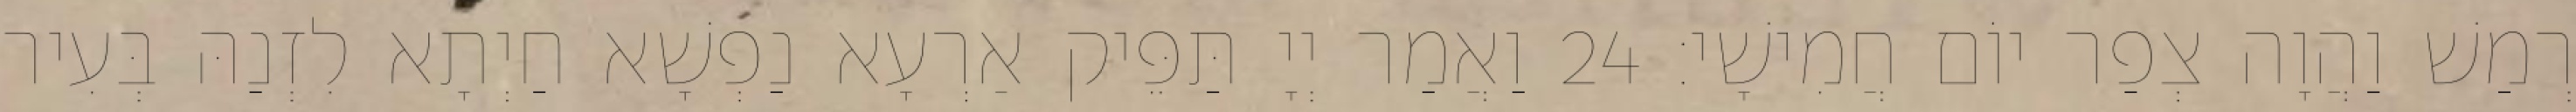
רְמַשׁ וַהֲוָה צְפַר יוֹם חֲמִישָׁי׃ 24 וַאֲמַר יְיָ תַּפֵּיק אַרְעָא נַפְשָׁא חַיְתָא לִזְנַהּ בְּעִיר